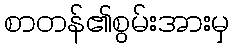
စာတန်၏စွမ်းအားမှ